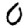
Digit: 0